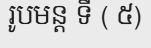
រូបមន្ត ទី ( ៥)